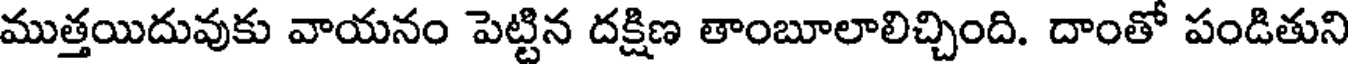
ముత్తయిదువుకు వాయనం పెట్టిన దక్షిణ తాంబూలాలిచ్చింది. దాంతో పండితుని